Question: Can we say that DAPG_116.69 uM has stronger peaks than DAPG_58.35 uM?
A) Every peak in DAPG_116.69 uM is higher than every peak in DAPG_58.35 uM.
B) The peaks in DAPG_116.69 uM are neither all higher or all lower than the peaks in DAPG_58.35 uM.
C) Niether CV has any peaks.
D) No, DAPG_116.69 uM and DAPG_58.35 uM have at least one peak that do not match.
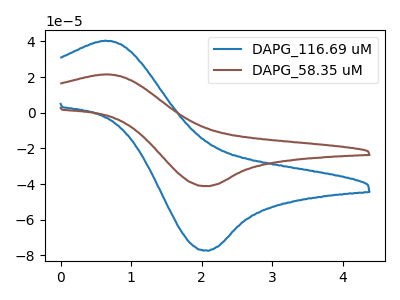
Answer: <think>The blue curve "DAPG_116.69 uM" has an anodic peak at (0.65V, 40.45uA) and a cathodic peak at (2.10V, -77.35uA). The brown curve "DAPG_58.35 uM" has an anodic peak at (0.65V, 21.55uA) and a cathodic peak at (2.10V, -41.20uA).</think>
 <answer>A) Every peak in "DAPG_116.69 uM" is higher than every peak in "DAPG_58.35 uM".</answer>
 <eval>A</eval>